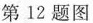
第12题图